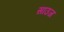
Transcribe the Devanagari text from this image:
साउज